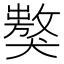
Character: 𤢝